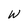
Character: W